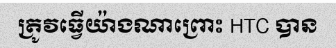
ត្រូវធ្វើយ៉ាងណាព្រោះ HTC បាន